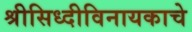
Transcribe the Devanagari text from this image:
श्रीसिध्दीविनायकाचे